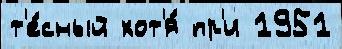
т'е́сный хот'я́ пр'и 1951